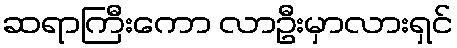
ဆရာကြီးကော လာဦးမှာလားရှင်